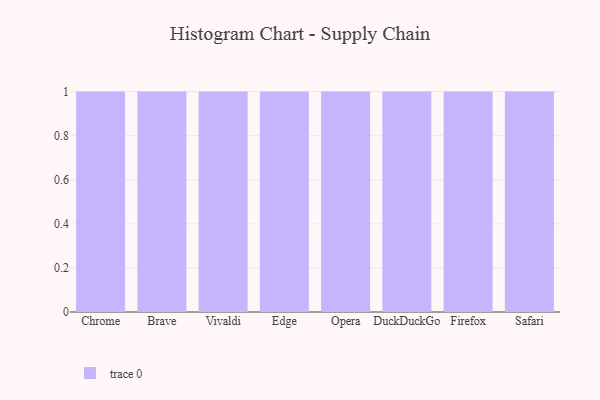
{"axis": {"x": "Browser", "y": "Demand Index"}, "legend": [""], "data": [{"x": "Chrome", "y": 14, "type": ""}, {"x": "Brave", "y": 6, "type": ""}, {"x": "Vivaldi", "y": 33, "type": ""}, {"x": "Edge", "y": 28, "type": ""}, {"x": "Opera", "y": 34, "type": ""}, {"x": "DuckDuckGo", "y": 94, "type": ""}, {"x": "Firefox", "y": 82, "type": ""}, {"x": "Safari", "y": 95, "type": ""}]}